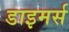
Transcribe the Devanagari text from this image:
डाइमर्स